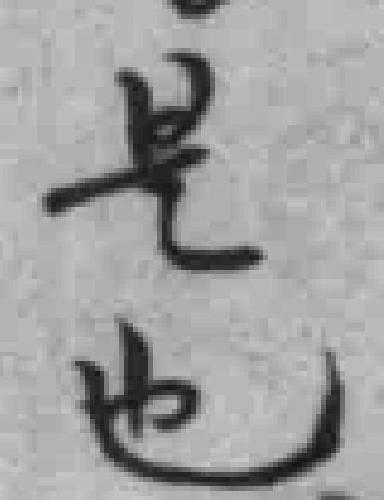
是也